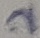
Text: 2